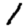
Digit: 1